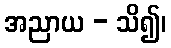
အညာယ - သိ၍၊